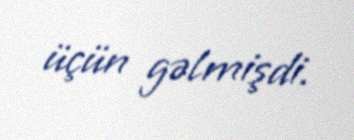
üçün gəlmişdi.